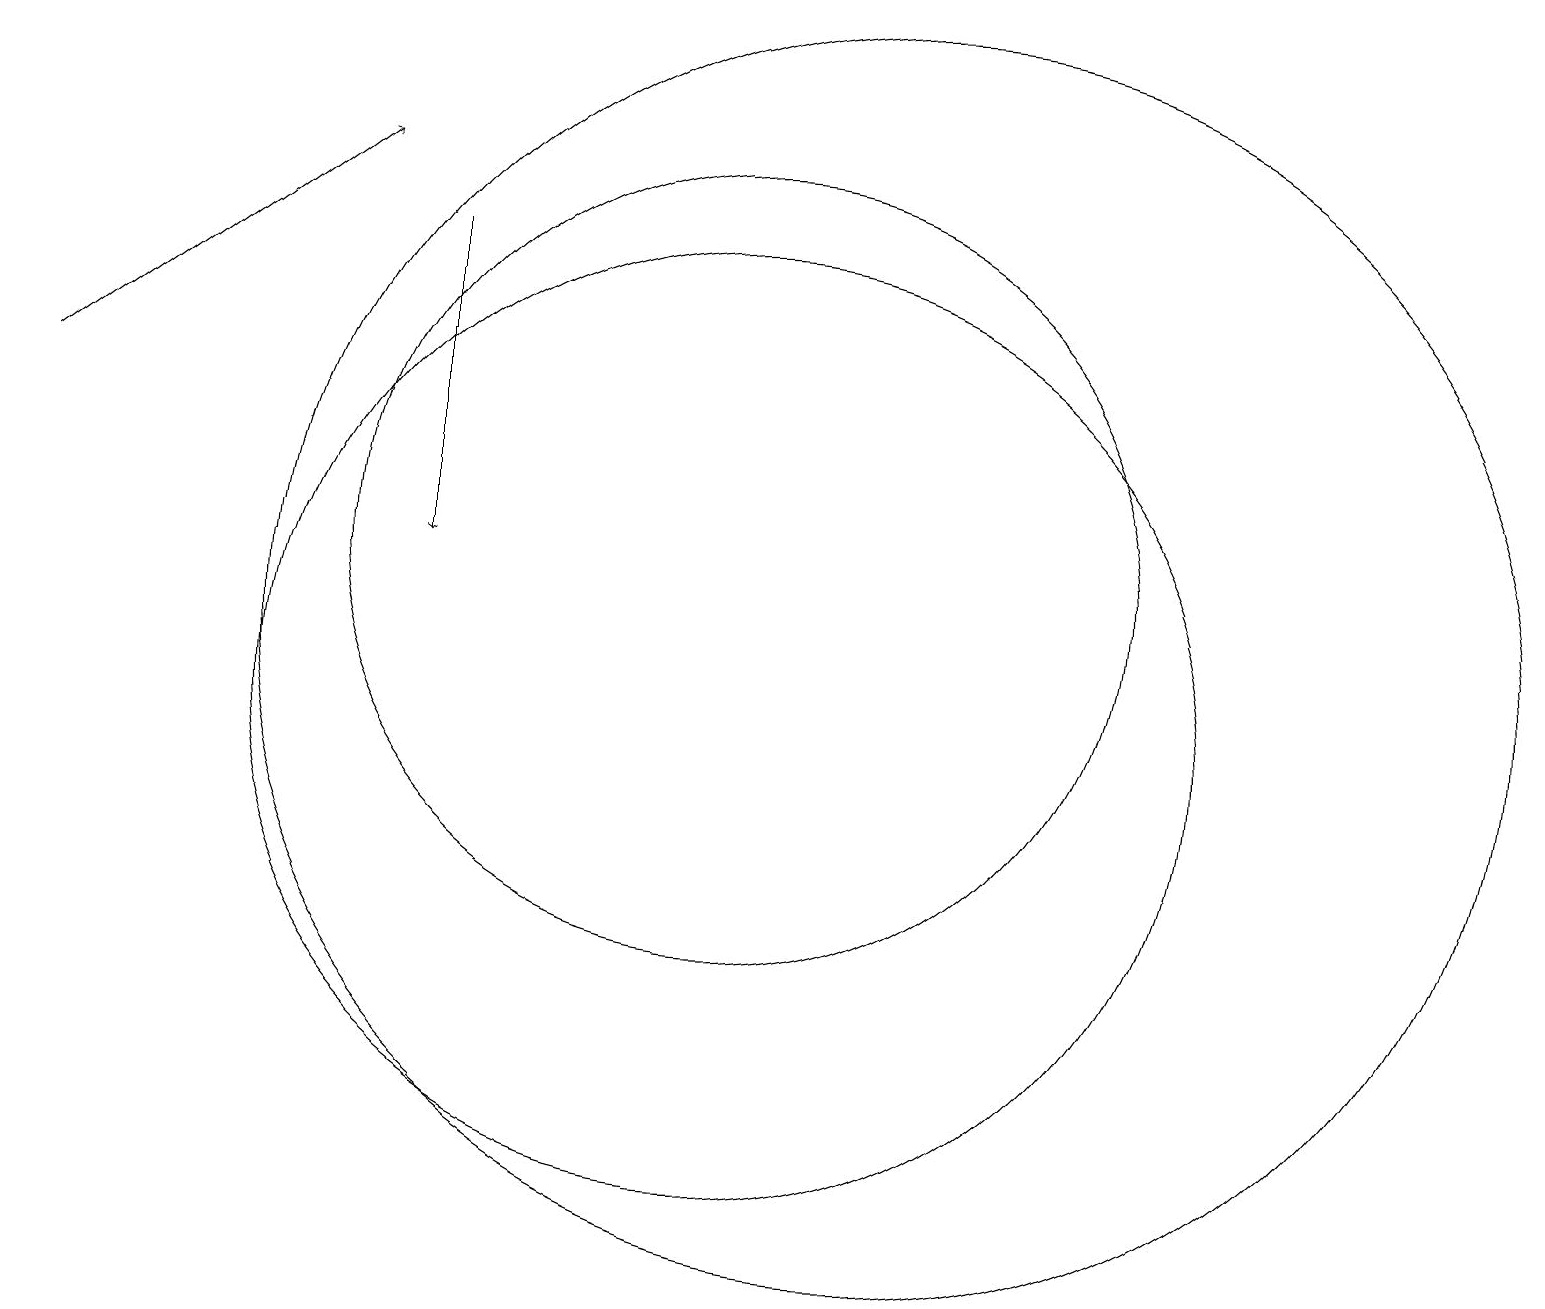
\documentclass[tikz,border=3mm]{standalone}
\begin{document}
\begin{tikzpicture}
\draw[->] (1,14) -- (5,17);
\draw[->] (6,16) -- (6,12);
\draw (10,10) circle (6);
\draw (12,11) circle (8);
\draw (10,12) circle (5);
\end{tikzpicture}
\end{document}